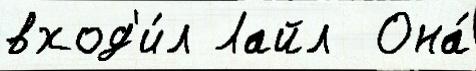
вход'и́л Лайл  Она́